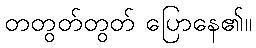
တတွတ်တွတ် ပြောနေ၏။